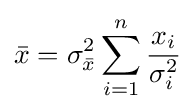
{\bar {x}}=\sigma _{\bar {x}}^{2}\sum _{i=1}^{n}{\frac {x_{i}}{\sigma _{i}^{2}}}